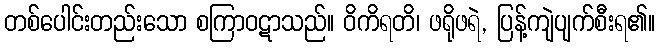
တစ်ပေါင်းတည်းသော စကြာဝဋာသည်။ ဝိကိရတိ၊ ဖရိုဖရဲ, ပြန့်ကျဲပျက်စီးရ၏။